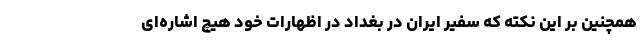
همچنین بر این نکته که سفیر ایران در بغداد در اظهارات خود هیچ اشاره‌ای